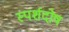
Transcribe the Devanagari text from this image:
स्पर्शदोष